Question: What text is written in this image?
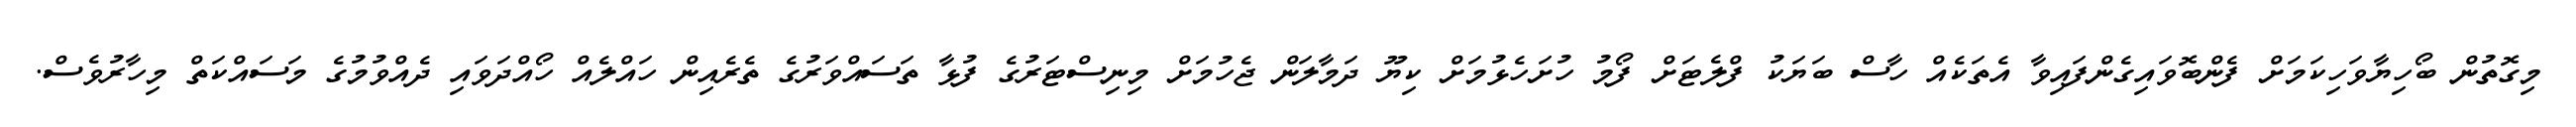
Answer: މިގޮތުން ބޯހިޔާވަހިކަމަށް ފެންބޮވައިގެންފައިވާ އެތަކެއް ހާސް ބަޔަކު ފްލެޓަށް ފޯމު ހުށަހެޅުމަށް ކިޔޫ ދަމާލަން ޖެހުމަށް މިނިސްޓަރުގެ ފުޅާ ތަސައްވަރުގެ ތެރެއިން ހައްލެއް ހޯއްދަވައި ދެއްވުމުގެ މަސައްކަތް މިހާރުވެސް.